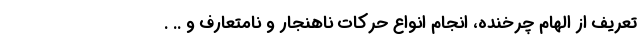
تعریف از الهام چرخنده، انجام انواع حرکات ناهنجار و نامتعارف و .. .